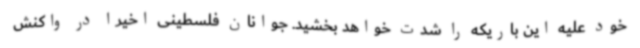
خود علیه این باریکه را شدت خواهد بخشید. جوانان فلسطینی اخیرا در واکنش